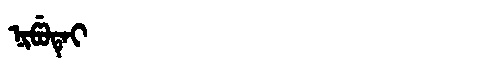
Manchu: ᠨᡳᡦᡠᡨᡝᡳ
Romanization: NIPUTEI